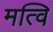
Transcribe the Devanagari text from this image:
मत्वि